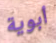
أبوية